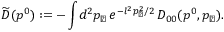
\widetilde { D } ( p ^ { 0 } ) : = - \int \! d ^ { 2 } p _ { \perp } \, e ^ { - l ^ { 2 } p _ { \perp } ^ { 2 } / 2 } \, D _ { 0 0 } ( p ^ { 0 } , p _ { \perp } ) .